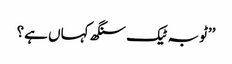
’’ٹوبہ ٹیک سنگھ کہاں ہے؟